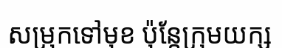
សម្រុកទៅមុខ ប៉ុន្តែក្រុមយក្ស